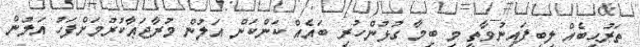
ތަރުޙީބެއް ލިބިފައިނުވާތީ މި ބިމާ ގުޅުންހުރި ބައެއް ކަންކަން އަލުން މުރާޖަޢާކުރުމަށްފަހު އަލުން